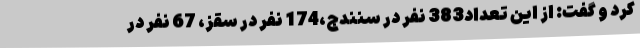
کرد و گفت: از این تعداد383 نفر در سنندج،174 نفر در سقز، 67 نفر در